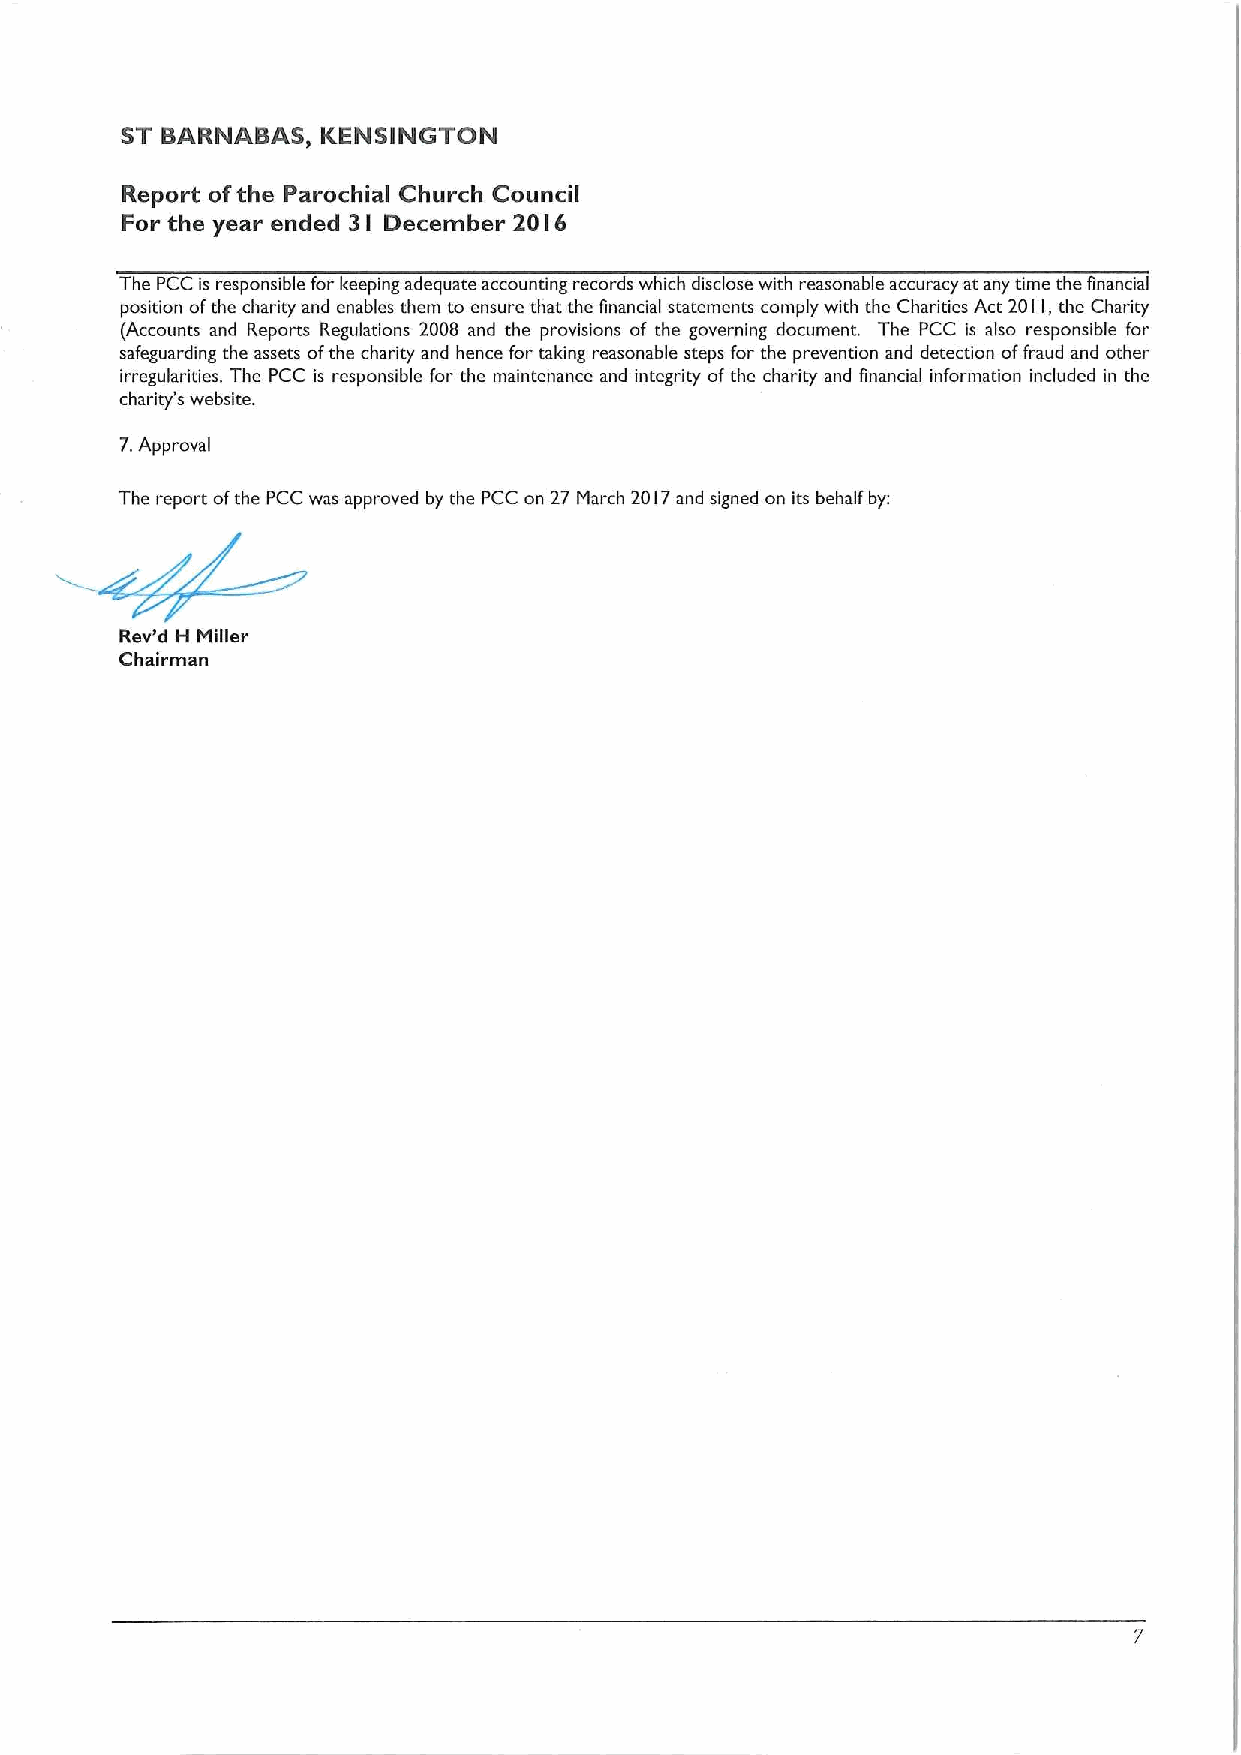
ST BARNABAS, KENSINGTON
 Report ofthe Parochial Church Council
 For the year ended 3
 I
 December 20I6
 The PCC is responsible for keeping adequate accounting records which disclose with reasonable accuracy at any time the financial
 position ofthe charity and enables them to ensure that the financial statements comply with the Charities Act 2011,the Charity
 (Accounts and Reports Regulations 2008 and the provisions of the governing document. The PCC is also responsible for
 safeguarding the assets ofthe charity and hence for taking reasonable steps for the prevention and detection offraud and other
 irregularities. The PCC is responsible for the maintenance and integrity ofthe charity and financial information included in the
 charity's website.
 7.Approval
 The report ofthe PCC was approved by the PCC on 27 March 20l7 and signed on its behalf by:
 Rev'd H Miller
 Chairman